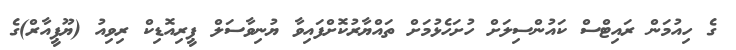
ގެ ހިއުމަން ރައިޓްސް ކައުންސިލަށް ހުށަހެޅުމަށް ތައްޔާރުކޮށްފައިވާ ޔުނިވާސަލް ޕީރިއޮޑިކް ރިވިއު (ޔޫޕީއާރް)ގެ